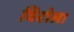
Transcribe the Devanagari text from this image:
विटोला